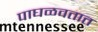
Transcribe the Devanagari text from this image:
पाघळवतात